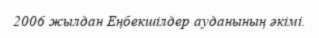
2006 жылдан Еңбекшілдер ауданының әкімі.